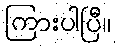
ကြားပါပြီ။